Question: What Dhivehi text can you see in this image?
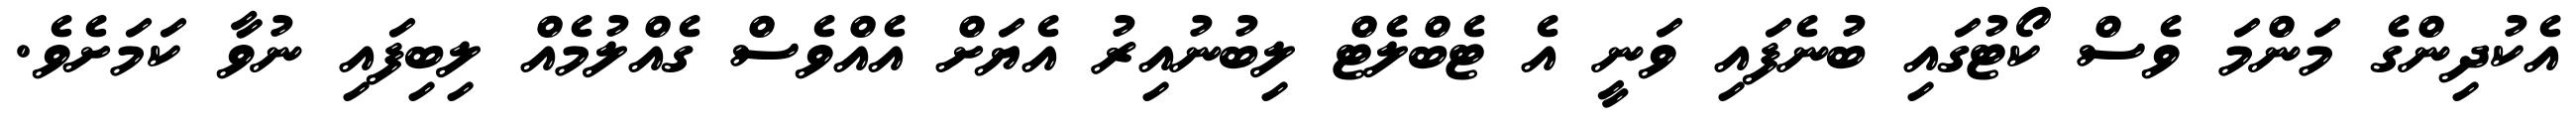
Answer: އެކުދިންގެ މަންމަ ވެސް ކޯޓުގައި ބުނެފައި ވަނީ އެ ޓެބްލެޓް ލިބުނުއިރު އެޔަށް އެއްވެސް ގެއްލުމެއް ލިބިފައި ނުވާ ކަމަށެވެ.